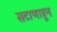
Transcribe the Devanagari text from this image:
सटाणाहून